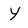
Character: y